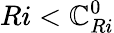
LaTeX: Ri<\mathbb{C}_{Ri}^{0}